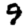
Digit: 9